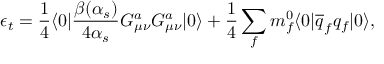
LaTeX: \epsilon _ { t } = { \frac { 1 } { 4 } } \langle { 0 } | { \frac { \beta ( \alpha _ { s } ) } { 4 \alpha _ { s } } } G _ { \mu \nu } ^ { a } G _ { \mu \nu } ^ { a } | { 0 } \rangle + { \frac { 1 } { 4 } } \sum _ { f } m _ { f } ^ { 0 } \langle { 0 } | \overline { { q } } _ { f } q _ { f } | { 0 } \rangle ,